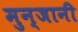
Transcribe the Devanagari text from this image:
मुन्जानी